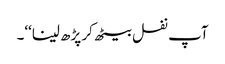
آپ نفل بیٹھ کر پڑھ لینا‘‘۔